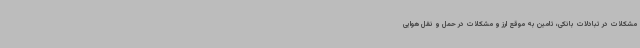
مشکلات در تبادلات بانکی، تامین به موقع ارز و مشکلات در حمل و نقل هوایی